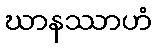
ဃာနဿာဟံ